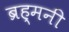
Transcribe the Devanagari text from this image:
ब्रह्मनी